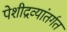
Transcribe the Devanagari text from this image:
पेशीद्रव्यांतर्गत